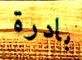
بادرة